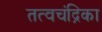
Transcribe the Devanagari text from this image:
तत्वचंद्रिका